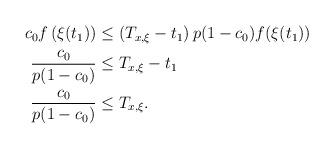
LaTeX: \begin{align*}\begin{aligned} c_0f\left(\xi(t_1)\right) &\leq \left(T_{x, \xi}-t_1\right)p(1-c_0) f(\xi(t_1))\\ \frac{c_0}{p(1-c_0)}&\leq T_{x, \xi}-t_1 \\ \frac{c_0}{p(1-c_0)}& \leq T_{x, \xi}.\end{aligned}\end{align*}